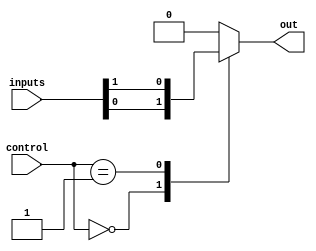
module multiplexer_128x1(
    input [127:0] inputs,
    input [6:0] control,
    output reg out
);

always @(*) begin
    case(control)
        7'b0000000: out = inputs[0];
        7'b0000001: out = inputs[1];
        // Add more cases for all 128 input lines
        default: out = 0;
    endcase
end

endmodule